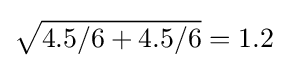
{\sqrt {4.5/6+4.5/6}}=1.2